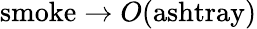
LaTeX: \mathrm{smoke}\rightarrow O(\mathrm{ashtray})